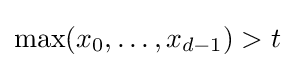
\max(x_{0},\ldots ,x_{d-1})>t